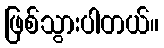
ဖြစ်သွားပါတယ်။